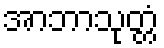
အာဘာသုတ္တံ